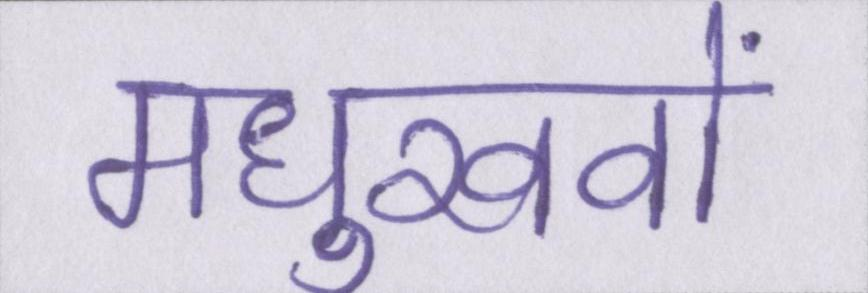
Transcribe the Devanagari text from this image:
मधुखवों